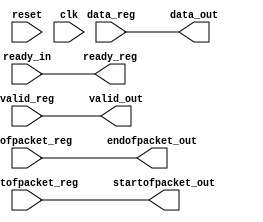
/* PROYECTO CHS 2022/2023
 * Avalon streaming source interface de la IP de vdeo
 *
 * Implementacin a partir de los recursos de Intel/Altera:
 *
 * Altera Corp, "Avalon Interface Specifications. 
 * Ch.6: Avalon Streaming Interfaces: 6.2: Avalon-ST Interface
 * Signals" document ver. 1.2, april 2009
*/

// Seales necesarias extradas de la interfaz del 
// avalon_streaming_source del avalon_pixel_source del 
// video_dma_controller_ip_input, elemento del qsys que nos sirve los
// datos por streaming con un formato determinado.

// Seales necesarias: 
// clk, ready, valid, startofpacket, endofpacket, data[15:0]
// startofpacket y endofpacket indican el principio y fin de un frame?


module avalon_st_source_interface (
    
    input wire reset,  // reset
    input wire clk,  // reloj
    
    input wire ready_in,  // ready, seal del sink al source. Indica si la IP est lista para recibir datos al source anterior. Se pasa al registro, y del registro al sink, y del sink al anterior.
    output wire ready_reg,
    
    input wire valid_reg,  // salida de datos vlidos
    output wire valid_out,  // salida de datos vlidos
    
    input wire [15:0] data_reg,  // datos, registro de la IP
    output wire [15:0] data_out, // datos, salida
    
    input wire startofpacket_reg,  // indicador inicio frame, de la IP
    input wire endofpacket_reg,  // indicador fin frame, de la IP
    
    output wire startofpacket_out,  // indicador inicio frame, salida
    output wire endofpacket_out  // indicador fin frame, salida
);


// listo para recibir datos inmediatamente cuando el bloque inferior lo est
assign ready_reg = ready_in;

// pasamos el vlido con misma latencia que los datos
assign valid_out = valid_reg;

// transferencias para que sea accesible por la IP
assign data_out = data_reg;
assign startofpacket_out = startofpacket_reg;
assign endofpacket_out = endofpacket_reg;

/*
always @(posedge clk)
begin
    
    if (reset)  // Si hay un reset: borrar todos los registros
    begin
        data_out <= 16'd0;
    end
    
    else
    begin
        if (ready_reg)
        begin
            // pasamos el vlido con misma latencia que los datos
            valid_out <= valid_reg;
            
            // transferencias para que sea accesible por la IP
            data_out <= data_reg;
            startofpacket_out <= startofpacket_reg;
            endofpacket_out <= endofpacket_reg;
        end
    end
end*/

endmodule